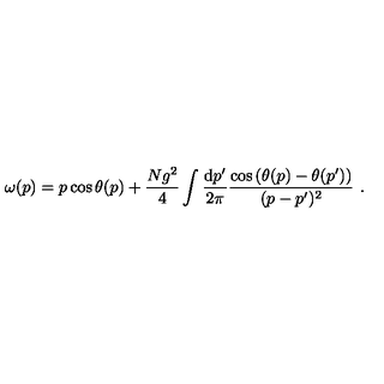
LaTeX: \omega ( p ) = p \cos \theta ( p ) + \frac { N g ^ { 2 } } { 4 } \int \frac { \mathrm { d } p ^ { \prime } } { 2 \pi } \frac { \cos \left( \theta ( p ) - \theta ( p ^ { \prime } ) \right) } { ( p - p ^ { \prime } ) ^ { 2 } } \ .